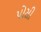
પોસી